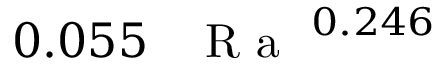
0 . 0 5 5 \, \mathrm { ~ \textit ~ { ~ R ~ a ~ } ~ } ^ { 0 . 2 4 6 }